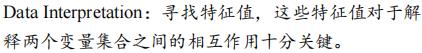
Data Interpretation：寻找特征值，这些特征值对于解释两个变量集合之间的相互作用十分关键。